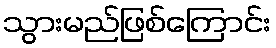
သွားမည်ဖြစ်ကြောင်း